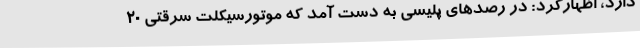
دارد، اظهارکرد: در رصدهای پلیسی به دست آمد که موتورسیکلت سرقتی 20